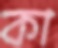
কা